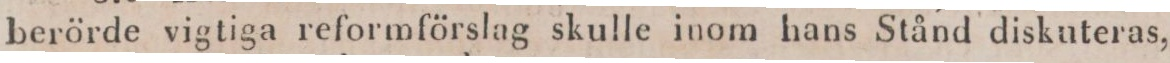
berörde vigtiga reformförslag skulle inom hans Stånd diskuteras,